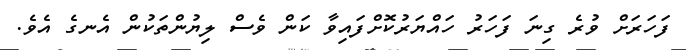
ފަހަރަށް ވުރެ ގިނަ ފަހަރު ހައްޔަރުކޮށްފައިވާ ކަން ވެސް ލިޔުންތަކުން އެނގެ އެވެ.